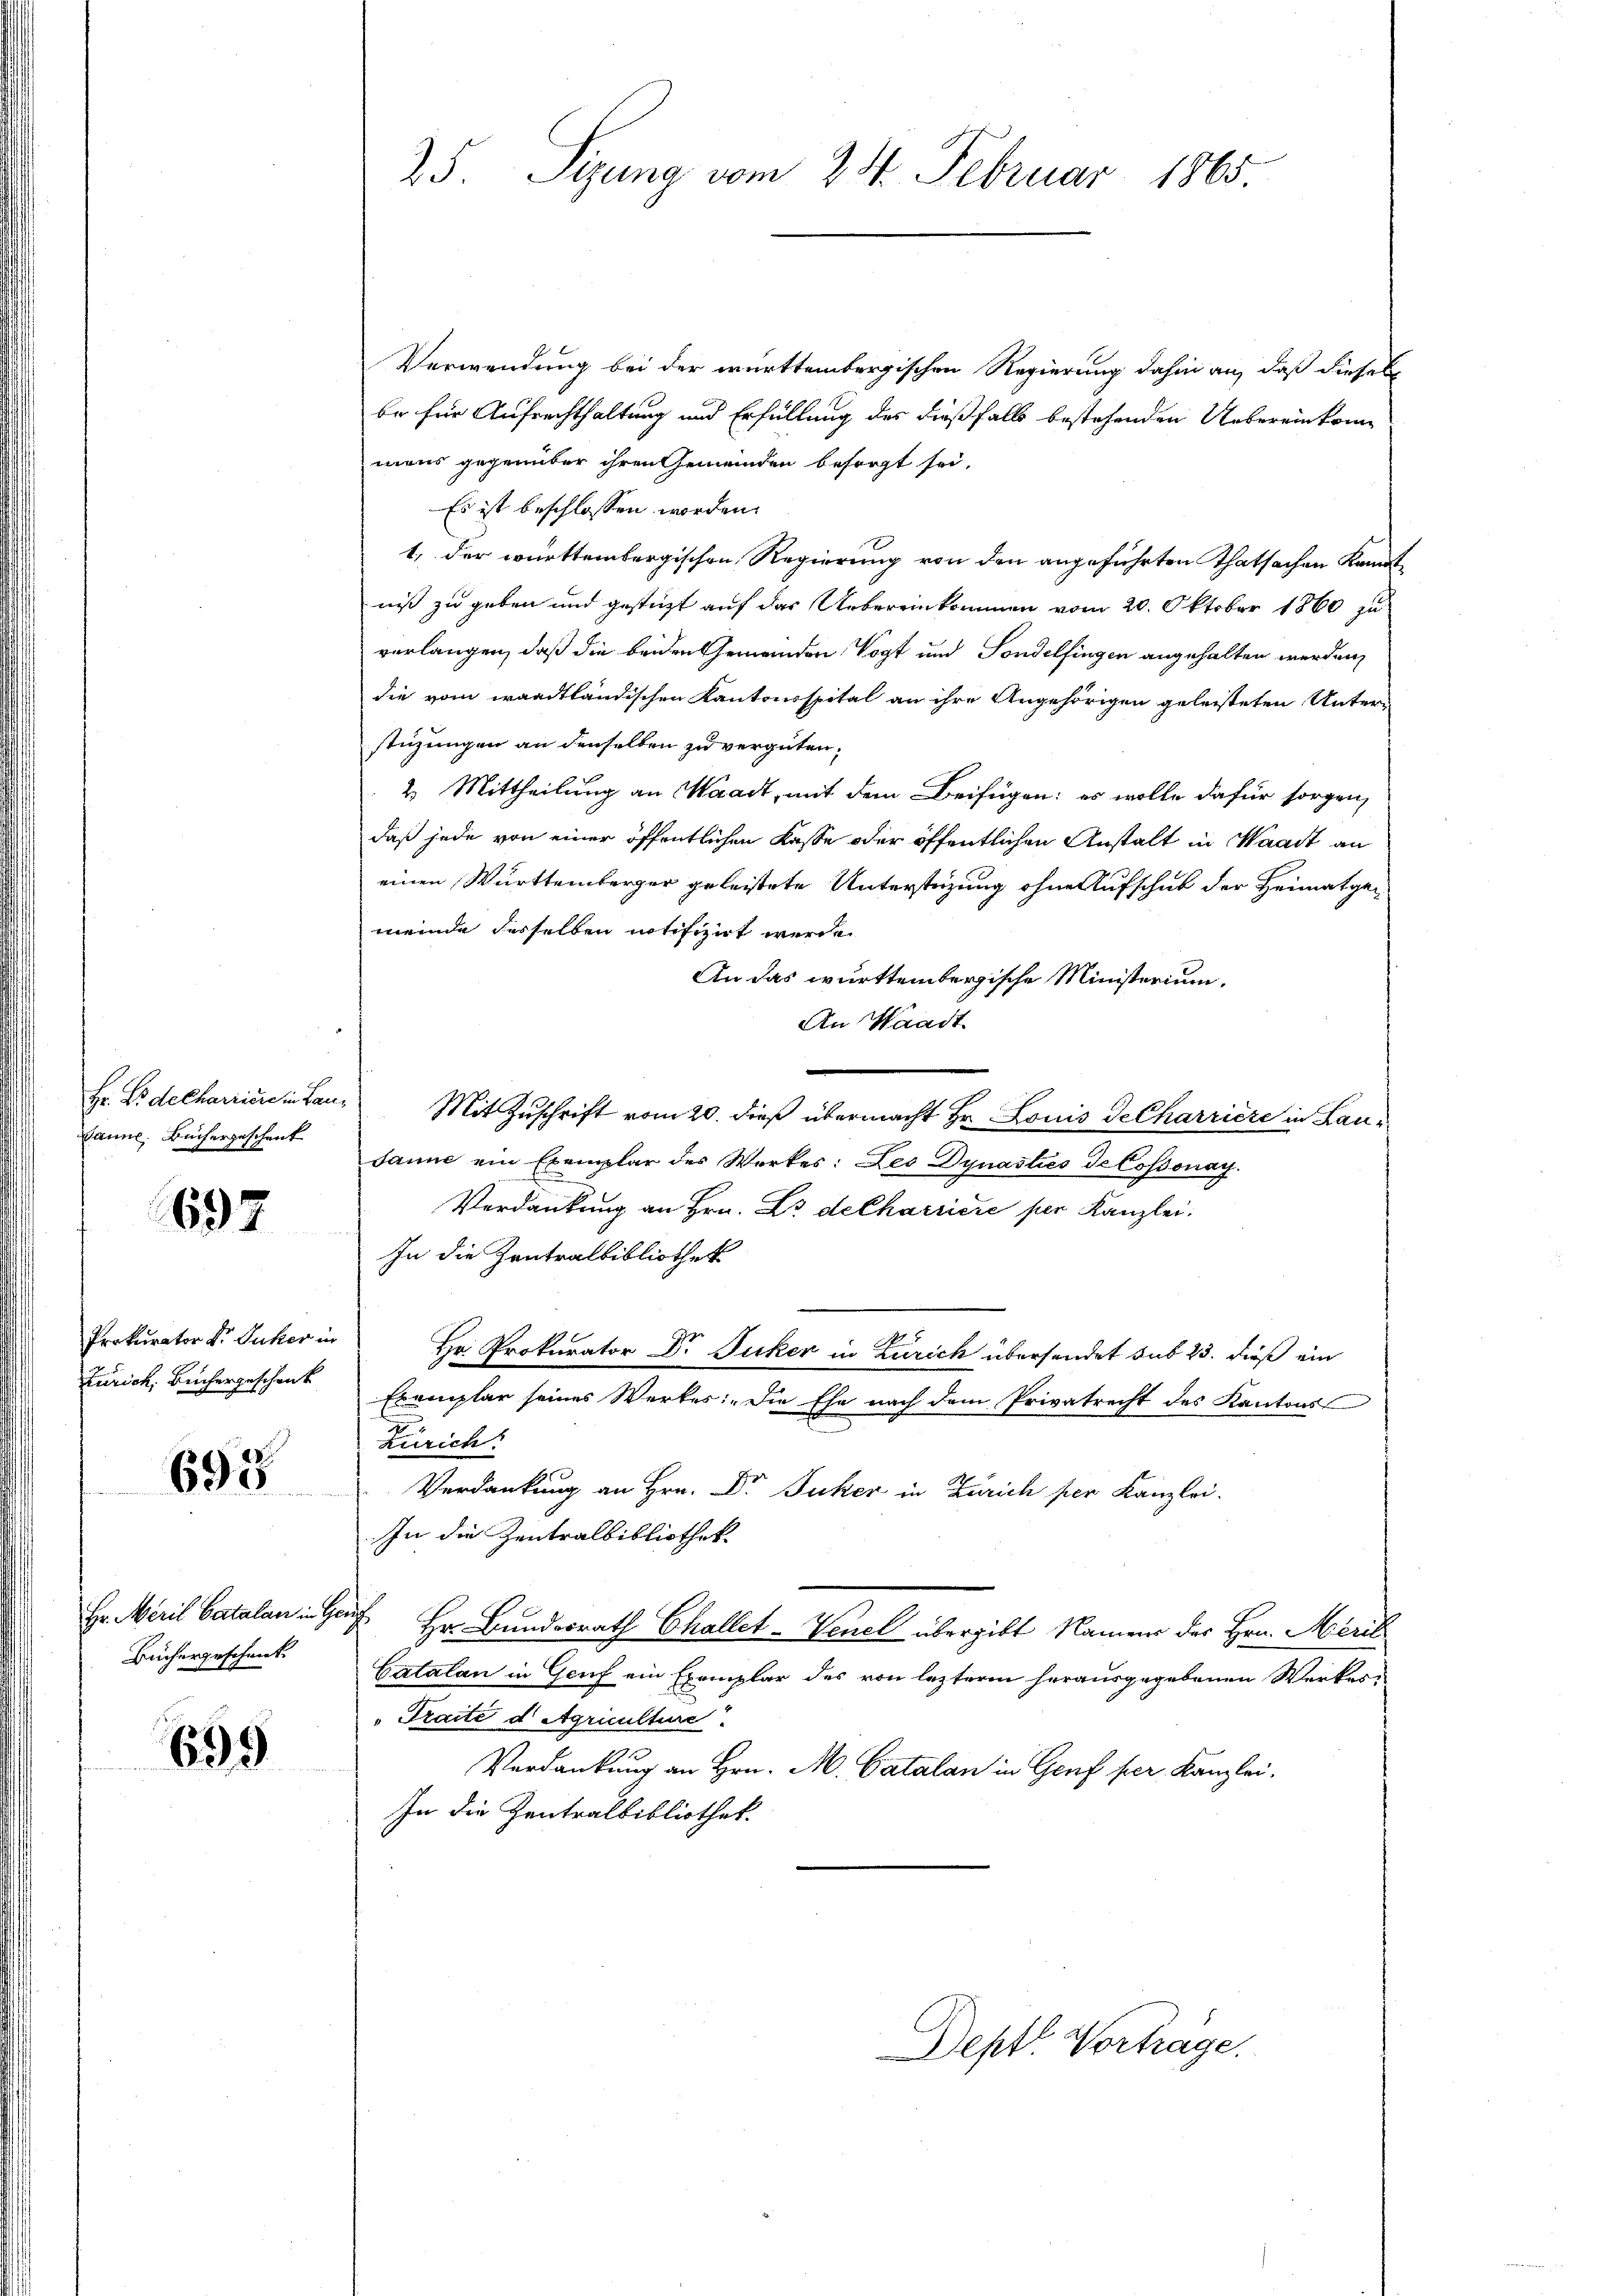
Hr. Er decharriere in Lau¬
Danne. Büchergeschenk

697

Prokurator Dr. Juker in
Zürich, Büchergeschenk

695

Hr. Meril, Catalan in Ge¬
Büchergeschenk

699

25. Sizung vom 21. Februar 1865

Verwendung bei der württembergischen Regierung dahin an, daß dieses
be für Aufrechthaltung und Erfüllung des dießfalls bestehenden Uebereinkommens gegenüber ihren Gemeinden besorgt sei.
Es ist beschlossen worden.
1, der württembergischen Regierung von den angeführten Thatsachen kannte
nis zu geben und gesteht auf das Uebereinkommen vom 20. Oktober 1860 zu
verlangen, daß die beiden Gemeinden Vogt und Sondelfingen angehalten werden,
die vom waadtländischen Kantonsspital an ihre Angehörigen geleisteten Unterstüzungen an denselben zu vergüten,
2. Mittheilung an Waadt, mit dem Beifügen: es wolle dafür sorgen,
daß jede von einer öffentlichen Kasse oder öffentlichen Anstalt in Waadt an
einen Württemberger geleistete Unterstüzung ohne Aufschub der Heimatgemeinde desselben notifizirt werde
An das württembergische Ministerium.
An Waadt.
Mit Zuschrift vom 20. dieß übermacht Hr. Louis Decharriere in Lausanne ein Exemplar des Werkes: Les Dynasties de Cossonay.
Verdankung an Hrn. Da decharriere für Kanzlei.
In die Zentralbibliothek
Hr. Prokurator Dr. Jucker in Zürich übersendet sub 23. dieß ein
Exemplar seines Werkes: „Die Ehe nach dem Privatrecht des Kantons
zurich.
Verdankung an Hrn. Dr Juker in Zürich per Kanzlei.
In die Zentralbibliothek
 Hr. Bundesrath Challet-Venel übergibt Namens des Hrn. Meril
Catalan in Genf ein Exemplar des von lezterm herausgegebenen Werkes,
Praite d Agriculture.
Verdankung an Hrn. M. Catalan in Genf per Kanzlei,
In die Zentralbibliothek.

Depft. Vorträge.